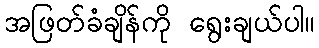
အဖြတ်ခံချိန်ကို ရွေးချယ်ပါ။